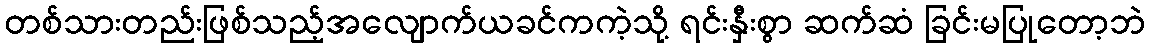
တစ်သားတည်းဖြစ်သည့်အလျောက်ယခင်ကကဲ့သို့ ရင်းနှီးစွာ ဆက်ဆံ ခြင်းမပြုတော့ဘဲ